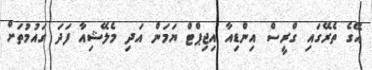
އޭގެ ތެރޭގައި ގްރީސް އިންޑިއާ އިޖިޕްޓް ޔަމަން އަދި މެލޭޝިއާ ފަދަ ގައުމުތަށް